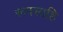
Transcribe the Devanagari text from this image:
रूपसाहि